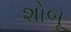
શોબૂ